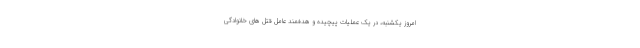
امروز یکشنبه، در یک عملیات پیچیده و هدفمند عامل قتل های خانوادگی